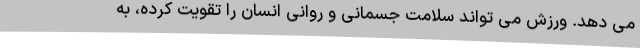
می دهد. ورزش می تواند سلامت جسمانی و روانی انسان را تقویت کرده، به